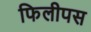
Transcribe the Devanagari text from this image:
फिलीपस